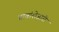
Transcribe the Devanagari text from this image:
गावांशेजारी